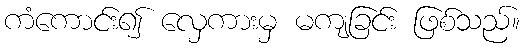
ကံကောင်း၍ လှေကားမှ မကျခြင်း ဖြစ်သည်။